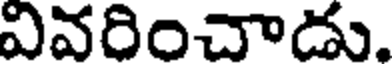
వివరించాడు.